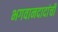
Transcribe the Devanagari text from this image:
भगवानदादांची